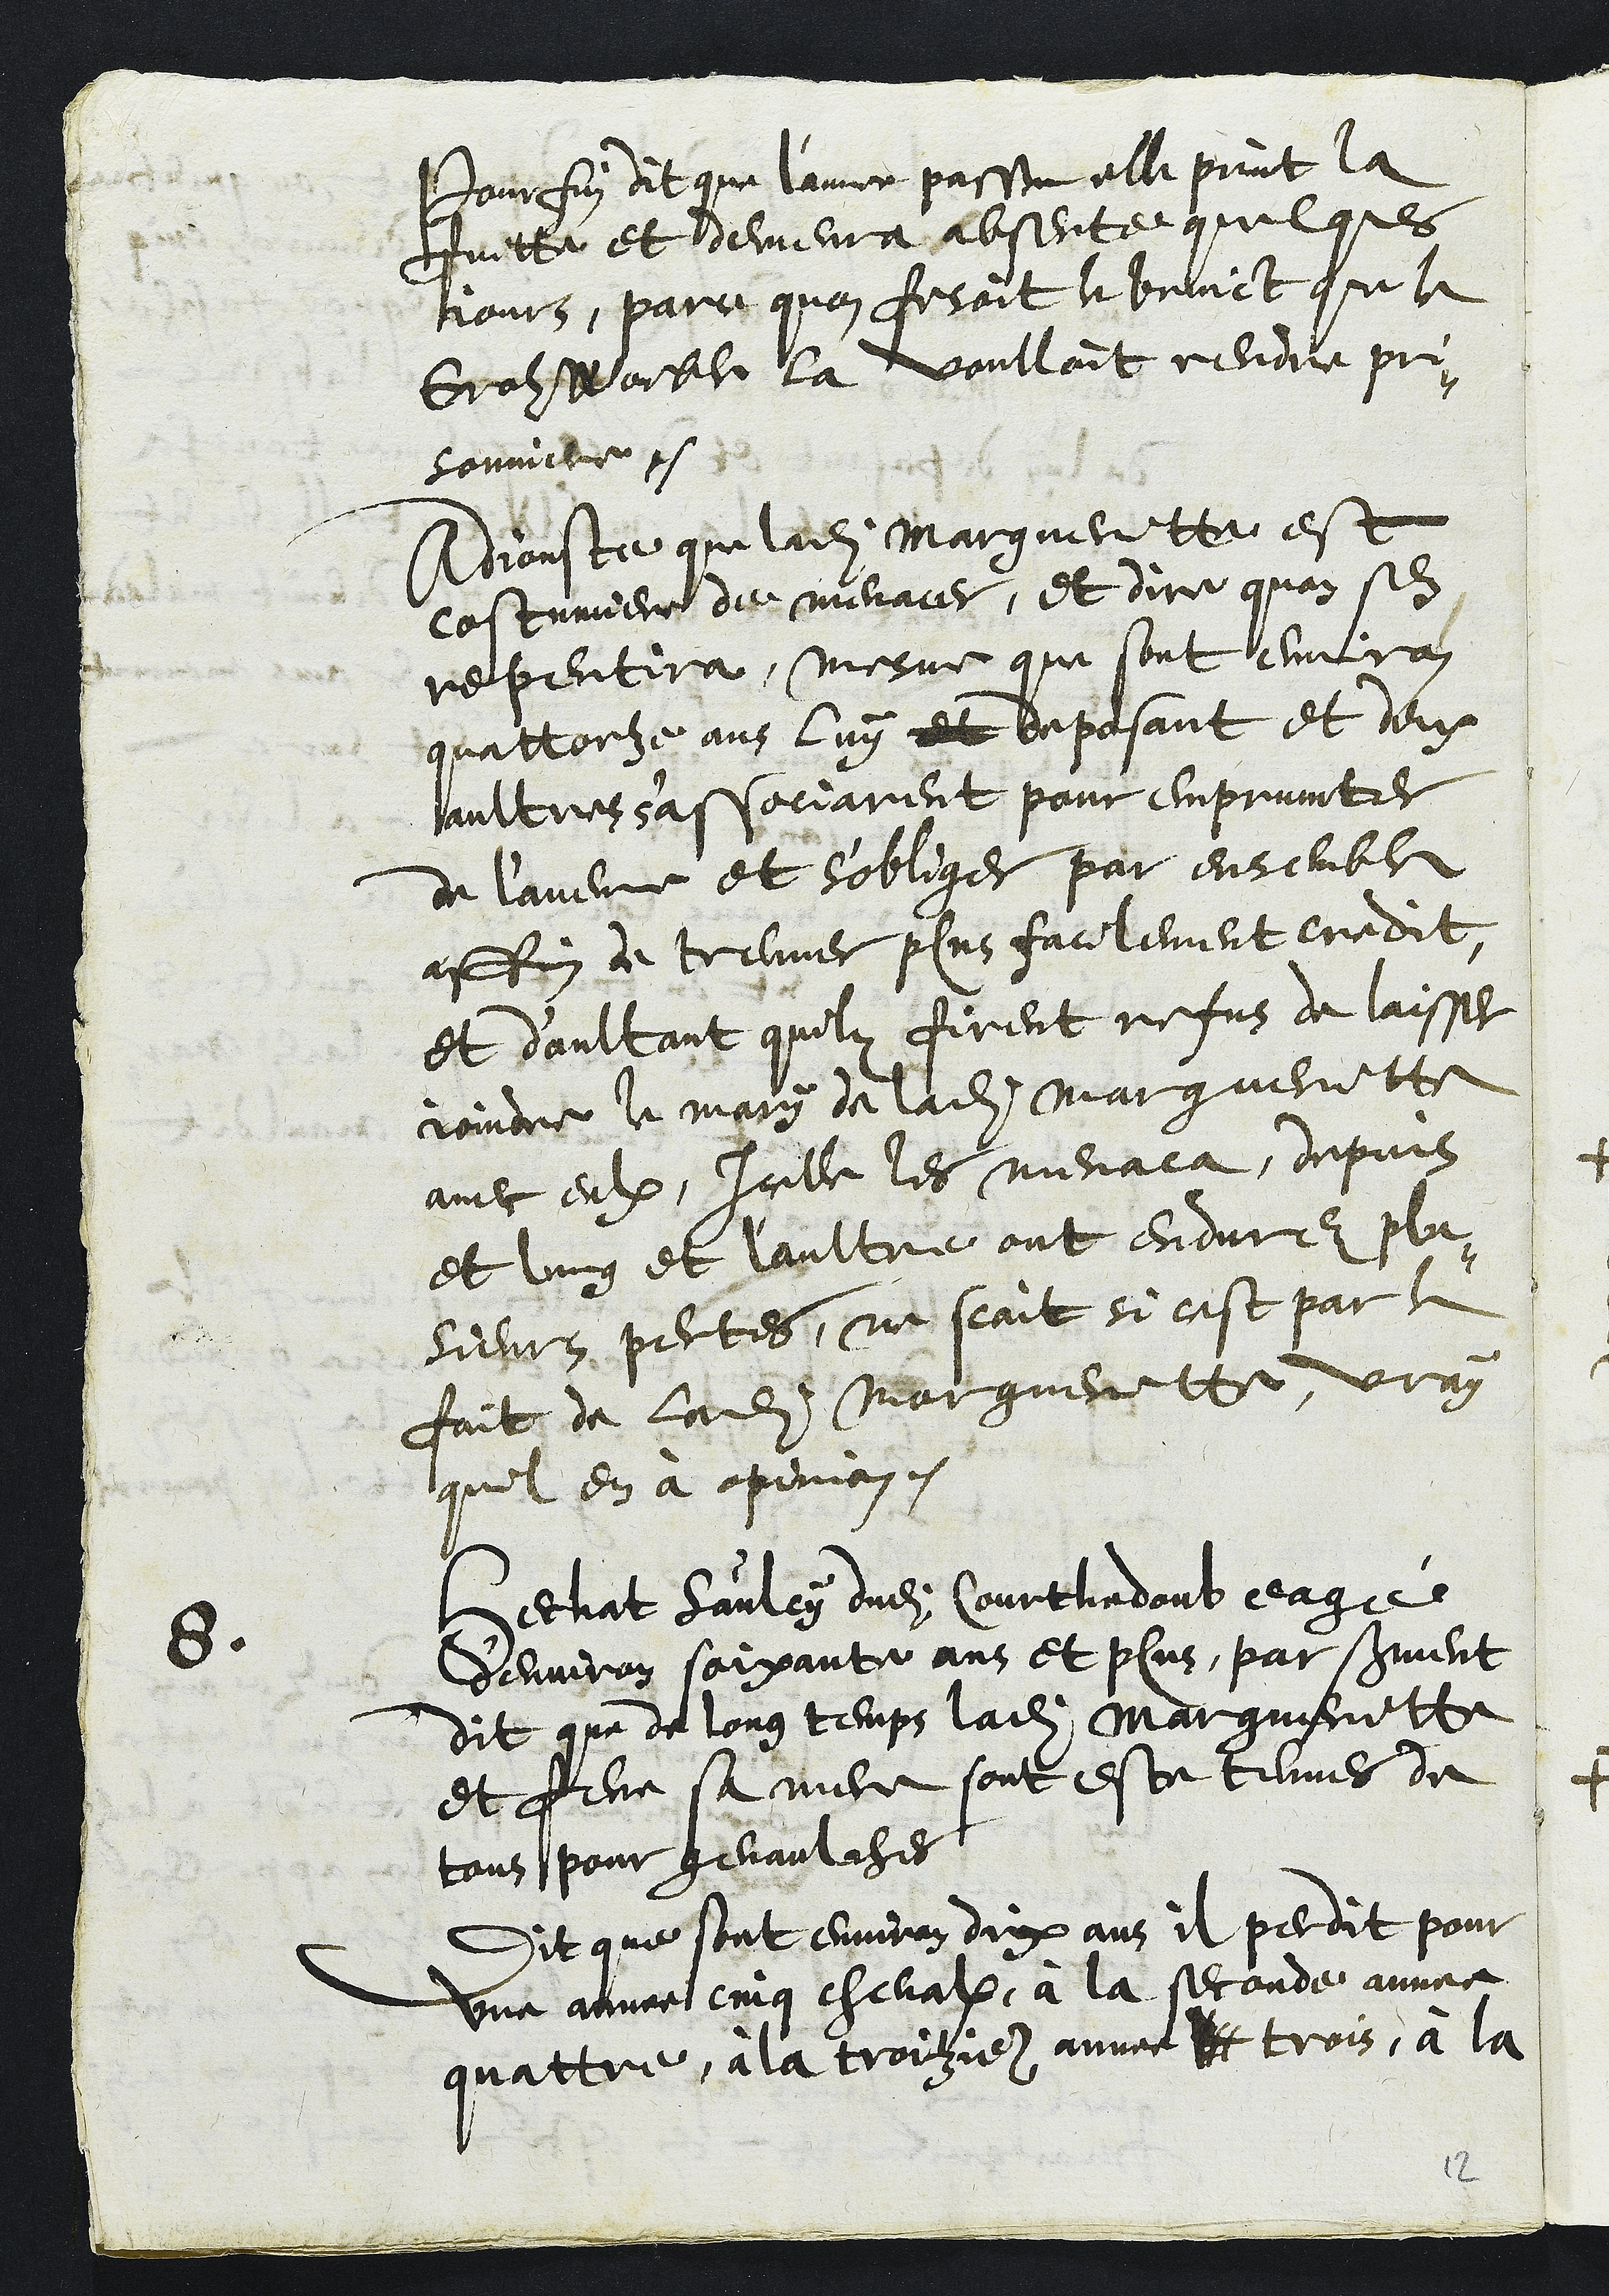
Pour fin dit que l'annee passe elle print la
fuitte et demeura absente quelques
jours, parce quon fesoit le bruict que le
Groz Woeble la voulloit rendre pri-
sonniere.
Adjouste que ladite Margueritte est
costumiere de menacer, et dire quon sen
repentira,  mesme que sont environ
quattorze ans luy et deposant et deux
aultres s'associarent pour empruncter
de l'avenne et s'obliger par ensemble
affin de treuver plus facilement credit,
et d'aultant quilz firent refus de laisser
joindre le mary de ladite Margueritte
avec eulx, Icelle les menaca, depuis
et lung et l'aultre ont endurez plu-
sieurs pertes, ne scait si cest par le
fait de ladite Margueritte, vray
quil en à opinion.
8
Hechat Saulcy dudit Courthedoub eagé
d'environ soixante ans et plus par serment
dit que de long temps ladite Margueritte
et feue sa mere sont este tenues de
tous pour genaulches
Dit que sont environ dix ans il perdit pour
une annee cinq chevalx, à la seconde annee
quattre, à la troizime annee tt trois à la